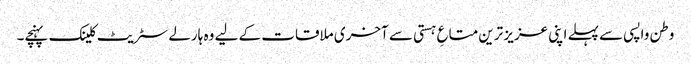
وطن واپسی سے پہلے اپنی عزیز ترین متاعِ ہستی سے آخری ملاقات کے لیے وہ ہارلے سٹریٹ کلینک پہنچے۔